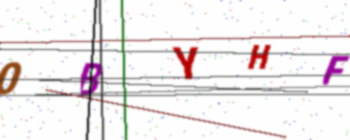
Text: 0BYHF